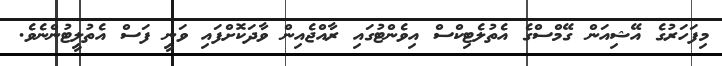
މިފަހަރުގެ އޭޝިއަން ގޭމްސްގެ އެތުލެޓިކްސް އިވެންޓުގައި ރާއްޖެއިން ވާދަކޮށްފައި ވަނީ ފަސް އެތުލީޓުންނެވެ.